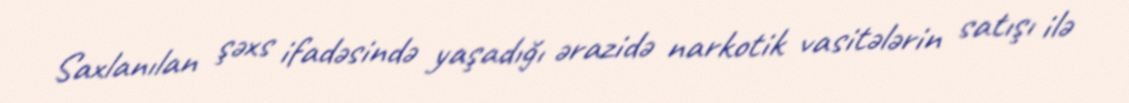
Saxlanılan şəxs ifadəsində yaşadığı ərazidə narkotik vasitələrin satışı ilə